Annual report of the Madras Medical College
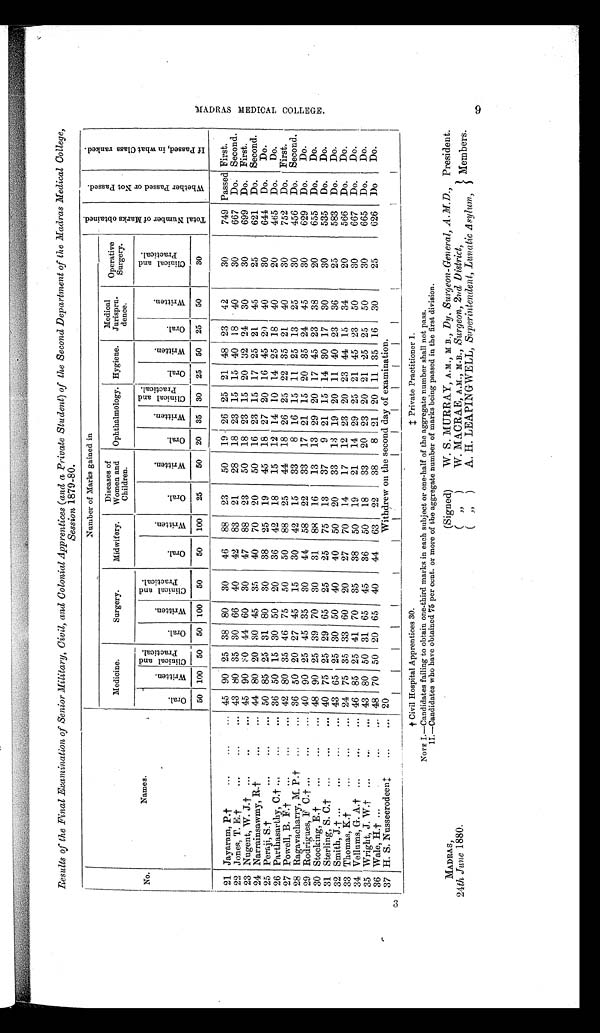
Results of the Final Examination of Senior Military, Civil, and Colonial Apprentices (and a Private Student) of the Second Department of the Madras Medical College,
Session 1879-80.
No.
Names.
Number of Marks gained in
T o t a l N u m b e r o f M a r k s o b t a i n e d .
W h e t h e r P a s s e d o r N o t P a s s e d .
I f P a s s e d , i n w h a t C l a s s r a n k e d .
Medicine.
Surgery.
Midwifery.
Diseases of
Women and
Children.
Ophthalmology. Hygiene.
Medical
Jurispru-
dence.
Operative
Surgery.
Oral.
Wr i t t e n .
C l i n i c a l a n d P r a c t i c a l .
Oral.
Wr i t t e n .
C l i n i c a l a n d P r a c t i c a l .
Oral.
Wr i t t e n .
Oral.
Wr i t t e n.
Or al .
Wr i t t e n.
Cl i n i c a l a n d P r a c t i c a l .
Oral. Wr i t t e n .
O r a l .
Wr i t t e n .
C l i n i c a l a n d P r a c t i c a l .
50 100 50 50 100 50
50 100 25
50 20 35 30 25 50 25
50
30
21 Jayaram, P.† ...
...
... 45 90 25 38 80 30
46 88 23
50 19 26 25 21 48 23 42
30
749 Passed First.
22 Jones, T. E.†
...
...
... 43 80 35 30 66 40
42 83 21
28 18 23 15 15 40 18 40
30
667 Do. Second.
23 Nugent, W. J.† ...
..
... 45 90 30 44 60 30
47 88 23
50 18 23 15 20 32 24 30
30
699 Do. First.
24 Narrainsawmy, R.†
...
... 44 80 20 30 45 35
40 70 20
50 16 23 15 17 25 21 45
25
621 Do. Second.
25 Peraji, S.†
...
...
... 50 85 25 31 80 30
38 25 19
45 18 27 20 16 45 20 40
30
644 Do.
Do.
26 Parthasarthy, C.† ...
...
... 36 50 15 30 50 20
36 42 18
15 12 14 10 14 25 18 40
20
465 Do.
Do.
27 Powell, B. F.†
...
...
... 42 80 35 46 75 50
50 88 25
44 18 26 25 22 35 21 40
30
752 Do. First.
28 Ragavacharry, M. P.† ...
... 36 50 20 27 45 15
30 42 15
33
8 16 15 11 25 13 25
30
456 Do. Second.
29 Rodrigues, F C.† ...
...
... 40 90 25 45 35 30
44 58 22
33 17 21 15 20 35 24 45
30
629 Do.
Do.
30 Stocking, E.†
...
...
... 48 90 25 39 70 30
31 88 16
13 13 29 20 17 45 23 38
20
655 Do.
Do.
31 Sterling, S. C.† ...
...
... 40 75 25 29 65 25
25 75 13
37
9 21 15 14 30 17 30
30
535 Do.
Do.
32 Smith, J.† ...
...
...
... 43 65 25 30 50 40
40 50 20
33 13 19 20 11 40 23 36
25
583 Do.
Do.
33 Thomas, K.†
...
...
... 24 75 35 33 60 20
27 70 14
17 12 23 20 23 44 15 34
20
566 Do.
Do.
34 Vellums, G. A.† ...
...
... 46 85 25 41 70 35
38 50 19
21 14 29 25 21 45 23 50
30
667 Do.
Do.
35 Wright , J. W.† ...
...
... 43 80 50 31 65 45
36 50 18
33 20 23 20 21 25 25 50
30
665 Do.
Do.
36 Wale, H.† ...
...
... 48 70 50 20 65 40
44 63 22
38
8 21 20 11 35 16 30
25
626 Do.
Do.
37 H. S. Nusseerodeen‡
...
... 20
Withdrew on the second day of examination.
MADRAS,
24th June 1880.
†Civil Hospital Apprentices 30. ‡ Private Practitioner 1.
NOTE I.—Candidates failing to obtain one-third marks in each subject or one-half of the aggregate number shall not pass.
II.—Candidates who have obtained 75 per cent. or more of the aggregate number of marks being passed in the first
division.
(Signed)
W. S. MURRAY, A.M., M B., Dy, Surgeon-General, .A. M.D., President.
(")
W. MACRAE, A.M., M.B. Surgeon, 2nd District,
Members.
(") A. H. LEAPINGWELL, Superintendent, Lunatic Asylum,